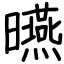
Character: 曣